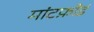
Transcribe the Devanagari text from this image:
मांटफ़ोर्ड